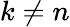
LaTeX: k\neq n